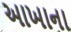
આખાના